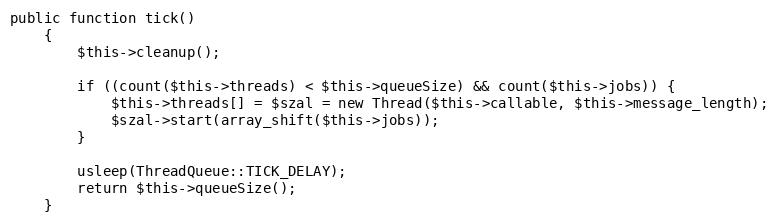
Language: PHP
public function tick()
    {
        $this->cleanup();

        if ((count($this->threads) < $this->queueSize) && count($this->jobs)) {
            $this->threads[] = $szal = new Thread($this->callable, $this->message_length);
            $szal->start(array_shift($this->jobs));
        }

        usleep(ThreadQueue::TICK_DELAY);
        return $this->queueSize();
    }